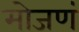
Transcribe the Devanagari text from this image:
मोजणं